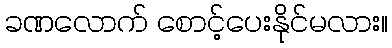
ခဏလောက် စောင့်ပေးနိုင်မလား။